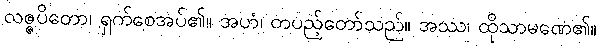
လဇ္ဇပိတော၊ ရှက်စေအပ်၏။ အဟံ၊ တပည့်တော်သည်။ အဿ၊ ထိုသာမဏေ၏။